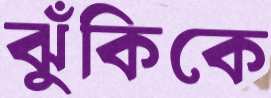
ঝুঁকিকে